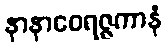
နာနာဝေရဇ္ဇကာနံ